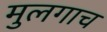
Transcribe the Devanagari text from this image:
मुलगाच